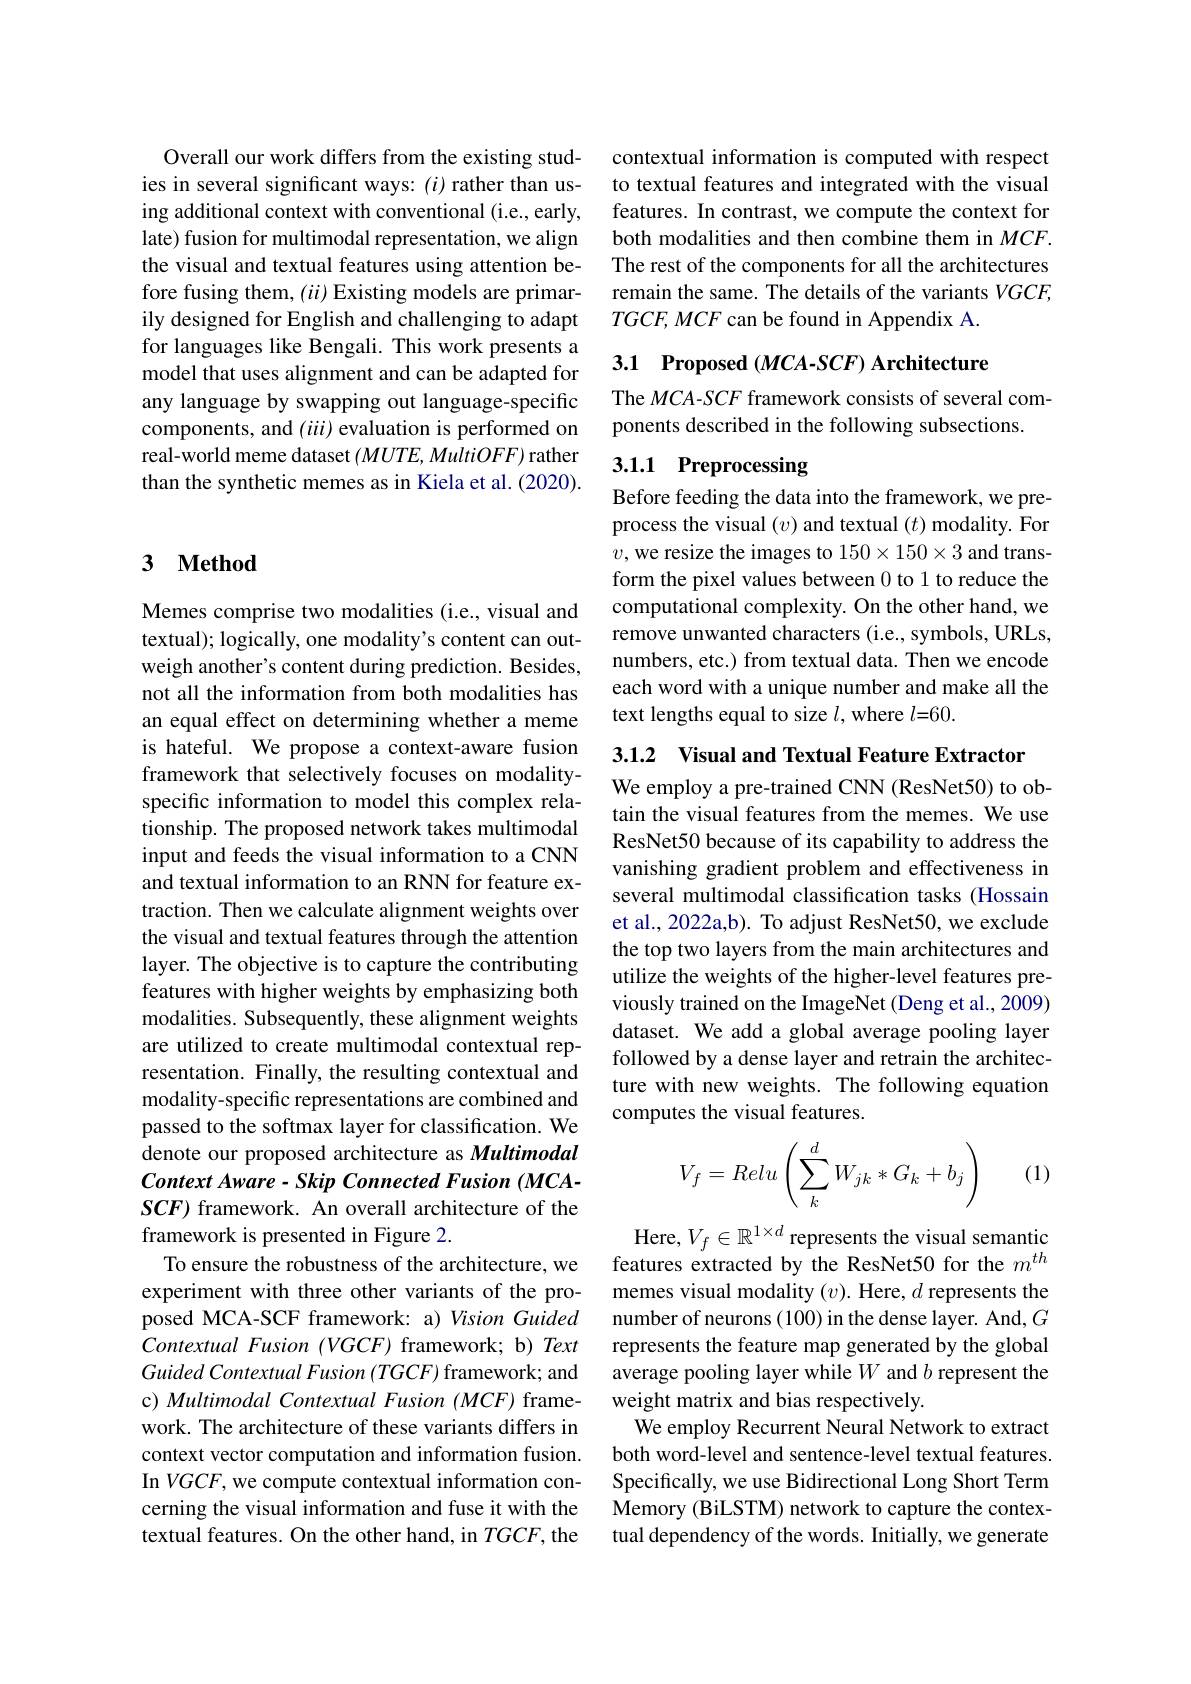
Overall our work differs from the existing studies in several significant ways: $(i)$ rather than using additional context with conventional (i.e., early, late) fusion for multimodal representation, we align the visual and textual features using attention before fusing them, $(ii)$ Existing models are primarily designed for English and challenging to adapt for languages like Bengali. This work presents a model that uses alignment and can be adapted for any language by swapping out language-specific components, and $(iii)$ evaluation is performed on real-world meme dataset $(MUTE,MultiOFF)$ rather than the synthetic memes as in Kiela et al. (2020).

### 3 $\mathbf{Method}$

Memes comprise two modalities (i.e., visual and textual); logically, one modality's content can outweigh another's content during prediction. Besides, not all the information from both modalities has an equal effect on determining whether a meme is hateful. We propose a context-aware fusion framework that selectively focuses on modalityspecific information to model this complex relationship. The proposed network takes multimodal input and feeds the visual information to a CNN and textual information to an RNN for feature extraction. Then we calculate alignment weights over the visual and textual features through the attention layer. The objective is to capture the contributing features with higher weights by emphasizing both modalities. Subsequently, these alignment weights are utilized to create multimodal contextual representation. Finally, the resulting contextual and modality-specific representations are combined and passed to the softmax layer for classification. We denote our proposed architecture as Multimodal Context Aware - Skip Connected Fusion (MCASCF) framework. An overall architecture of the framework is presented in Figure 2.
To ensure the robustness of the architecture, we experiment with three other variants of the proposed MCA-SCF framework: a) Vision Guided Contextual Fusion (VGCF) framework; b) Text Guided Contextual Fusion (TGCF) framework; and c) Multimodal Contextual Fusion (MCF) framework. The architecture of these variants differs in context vector computation and information fusion. In $VGCF$, we compute contextual information concerning the visual information and fuse it with the textual features. On the other hand, in $TGCF$, the

contextual information is computed with respect to textual features and integrated with the visual features. In contrast, we compute the context for both modalities and then combine them in $MCF.$ The rest of the components for all the architectures remain the same. The details of the variants $VGCF$, $TGCF,MCF$ can be found in Appendix A.

3.1 Proposed $(MCA-SCF)$ Architecture

The $MCA$-SCF framework consists of several com-
ponents described in the following subsections.

## 3.1.1 Preprocessing

Before feeding the data into the framework, we preprocess the visual $(v)$ and textual $(t)$ modality. For $v$,we resize the images to $150\times150\times3$ and transform the pixel values between 0 to 1 to reduce the computational complexity. On the other hand, we remove unwanted characters (i.e., symbols, URLs, numbers, etc.) from textual data. Then we encode each word with a unique number and make all the text lengths equal to size $l$,where $l=60.$

3.1.2 Visual and Textual Feature Extractor

We employ a pre-trained CNN (ResNet50) to obtain the visual features from the memes. We use ResNet50 because of its capability to address the vanishing gradient problem and effectiveness in several multimodal classification tasks (Hossain et al., 2022a,b). To adjust ResNet50, we exclude the top two layers from the main architectures and utilize the weights of the higher-level features previously trained on the ImageNet (Deng et al., 2009) dataset. We add a global average pooling layer followed by a dense layer and retrain the architecture with new weights. The following equation computes the visual features.

(1)
$$V_f=Relu\left(\sum_k^dW_{jk}*G_k+b_j\right)$$
Here, $V_f\in\mathbb{R}^{1\times d}$ represents the visual semantic features extracted by the ResNet50 for the $m^{th}$ memes visual modality $(v).$ Here, $d$ represents the number of neurons (100) in the dense layer. And, $G$ represents the feature map generated by the global average pooling layer while $W$ and $b$ represent the weight matrix and bias respectively.
We employ Recurrent Neural Network to extract both word-level and sentence-level textual features. Specifically, we use Bidirectional Long Short Term Memory (BiLSTM) network to capture the contextual dependency of the words. Initially, we generate